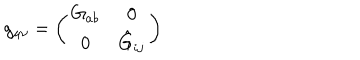
LaTeX: g _ { \mu \nu } = \left( \begin{array} { c c } { { G _ { a b } } } & { { 0 } } \\ { { 0 } } & { { \hat { G } _ { i j } } } \\ \end{array} \right)